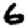
Digit: 6